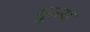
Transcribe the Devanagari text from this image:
मुल्‍य